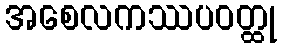
အစေလကဿပဝတ္ထု